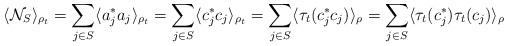
LaTeX: \begin{align*} \langle \mathcal{N}_{S} \rangle_{\rho_t} = \sum_{j \in S} \langle a_j^* a_j \rangle_{\rho_t}= \sum_{j \in S} \langle c_j^* c_j \rangle_{\rho_t}=\sum_{j \in S} \langle \tau_t(c_j^* c_j) \rangle_{\rho}=\sum_{j \in S} \langle \tau_t(c_j^*) \tau_t(c_j) \rangle_{\rho}\end{align*}